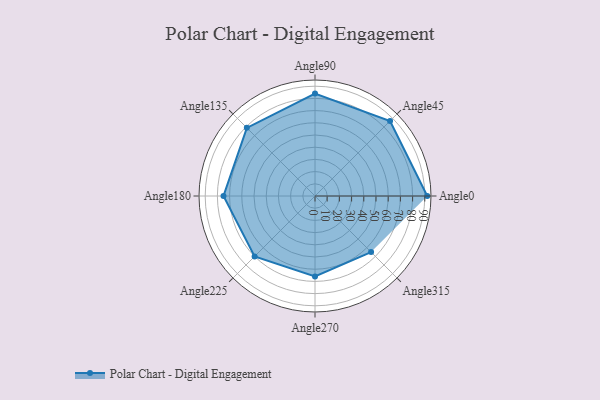
{"axis": {"x": "Angle", "y": "Radius"}, "legend": [""], "data": [{"x": "Angle0", "y": 92.0, "type": ""}, {"x": "Angle45", "y": 87.0, "type": ""}, {"x": "Angle90", "y": 84.0, "type": ""}, {"x": "Angle135", "y": 79.0, "type": ""}, {"x": "Angle180", "y": 75.0, "type": ""}, {"x": "Angle225", "y": 70.0, "type": ""}, {"x": "Angle270", "y": 66.0, "type": ""}, {"x": "Angle315", "y": 65.0, "type": ""}]}